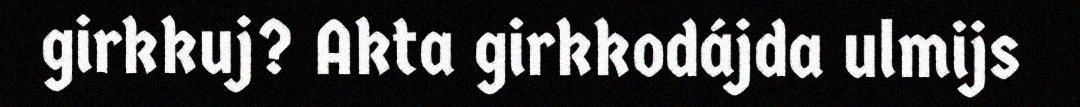
girkkuj? Akta girkkodájda ulmijs